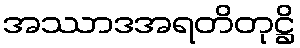
အဿာဒအရတိတုဋ္ဌိ